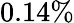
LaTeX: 0.14\%